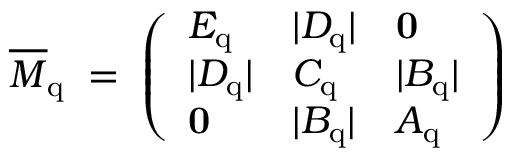
\overline { { { M } } } _ { \mathrm { q } } \; = \; \left( \begin{array} { l l l } { { E _ { \mathrm { q } } } } & { { | D _ { \mathrm { q } } | } } & { { { \bf 0 } } } \\ { { | D _ { \mathrm { q } } | } } & { { C _ { \mathrm { q } } } } & { { | B _ { \mathrm { q } } | } } \\ { { { \bf 0 } } } & { { | B _ { \mathrm { q } } | } } & { { A _ { \mathrm { q } } } } \end{array} \right) \;